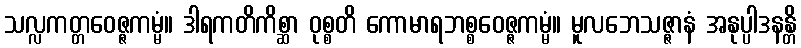
သလ္လကတ္တဝေဇ္ဇကမ္မံ။ ဒါရကတိကိစ္ဆာ ဝုစ္စတိ ကောမာရဘစ္စဝေဇ္ဇကမ္မံ။ မူလဘေသဇ္ဇာနံ အနုပ္ပါဒနန္တိ